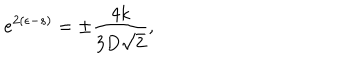
e ^ { 2 ( \epsilon - s ) } = \pm \frac { 4 k } { 3 D \sqrt { 2 } } ,